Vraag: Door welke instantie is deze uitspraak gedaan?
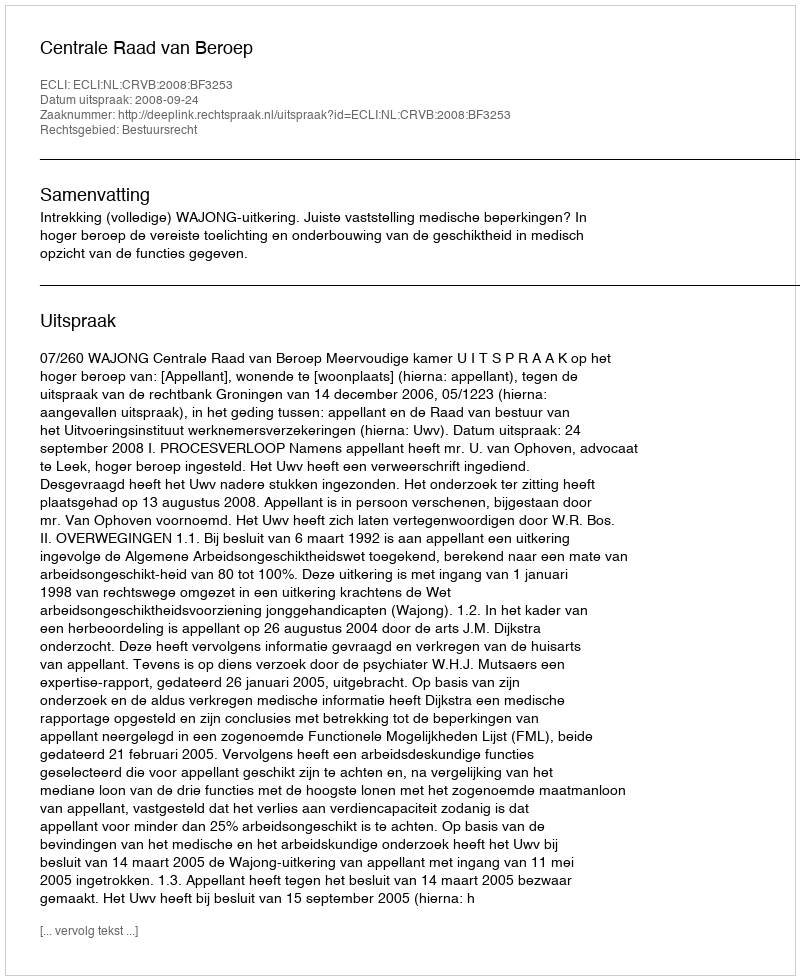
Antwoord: Centrale Raad van Beroep